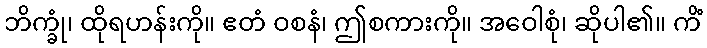
ဘိက္ခုံ၊ ထိုရဟန်းကို။ ဧတံ ဝစနံ၊ ဤစကားကို။ အဝေါစုံ၊ ဆိုပါ၏။ ကိံ